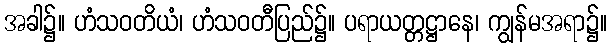
အခါ၌။ ဟံသဝတိယံ၊ ဟံသဝတီပြည်၌။ ပရာယတ္တဋ္ဌာနေ၊ ကျွန်မအရာ၌။